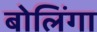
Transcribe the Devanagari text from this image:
बोलिंगा